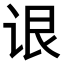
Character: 𬣳